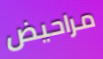
مراحيض